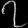
Digit: ၇